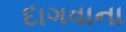
દાગવાના